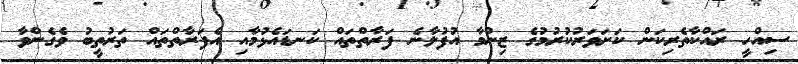
ސިއްހީ ރައްކާތެރިކަން ކަށަވަރުކުރުމުގެ ޒިންމާ އުފުލާނެ ފަރާތްތައް ކަނޑައެޅުމާއި އެފަރާތްތައް ތަރުތީބު ވެގެންވާ